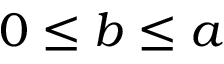
0 \leq b \leq a